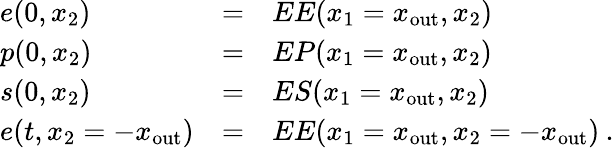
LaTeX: \begin{array}{lll}{e(0,x_{2})}&{=}&{EE(x_{1}=x_{\mathrm{out}},x_{2})}\\ {p(0,x_{2})}&{=}&{EP(x_{1}=x_{\mathrm{out}},x_{2})}\\ {s(0,x_{2})}&{=}&{ES(x_{1}=x_{\mathrm{out}},x_{2})}\\ {e(t,x_{2}=-x_{\mathrm{out}})}&{=}&{EE(x_{1}=x_{\mathrm{out}},x_{2}=-x_{\mathrm{out}})\: .}\end{array}